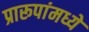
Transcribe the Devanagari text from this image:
प्रारूपांमध्ये